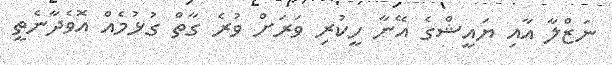
ނަޒްލާ އާއި ޔައީޝްގެ އޭނާ ހީކުރި ވަރަށް ވުރެ ގާތް ގުޅުމެއް އޮވެދާނެތީ